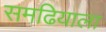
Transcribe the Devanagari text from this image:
समढियाला